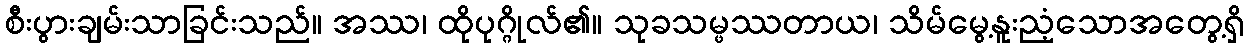
စီးပွားချမ်းသာခြင်းသည်။ အဿ၊ ထိုပုဂ္ဂိုလ်၏။ သုခသမ္ဖဿတာယ၊ သိမ်မွေ့နူးညံ့သောအတွေ့ရှိ